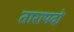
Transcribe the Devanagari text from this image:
तारापदो